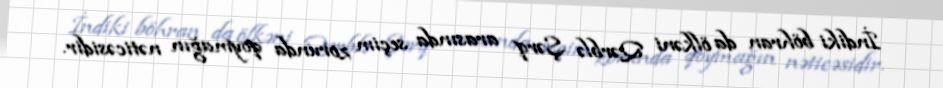
İndiki böhran da ölkəni Qərblə Şərq arasında seçim zorunda qoymağın nəticəsidir.